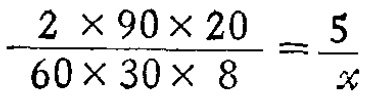
\(\frac{2\times90\times20}{60\times30\times8}=\frac{5}{x}\)